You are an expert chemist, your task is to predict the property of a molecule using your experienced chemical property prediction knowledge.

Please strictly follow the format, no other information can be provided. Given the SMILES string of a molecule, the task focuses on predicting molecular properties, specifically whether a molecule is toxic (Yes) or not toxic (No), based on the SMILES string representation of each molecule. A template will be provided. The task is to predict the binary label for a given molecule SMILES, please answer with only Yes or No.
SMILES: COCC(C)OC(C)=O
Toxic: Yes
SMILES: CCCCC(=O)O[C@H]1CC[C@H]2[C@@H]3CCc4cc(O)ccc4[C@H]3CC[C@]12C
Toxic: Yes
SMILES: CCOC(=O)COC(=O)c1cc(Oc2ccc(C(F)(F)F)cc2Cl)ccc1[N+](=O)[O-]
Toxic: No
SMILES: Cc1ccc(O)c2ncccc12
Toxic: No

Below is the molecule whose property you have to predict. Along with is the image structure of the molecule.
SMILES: CC1=C(C(=O)O)N2C(=O)[C@@H](NC(=O)[C@H](N)c3ccc(O)cc3)[C@H]2SC1
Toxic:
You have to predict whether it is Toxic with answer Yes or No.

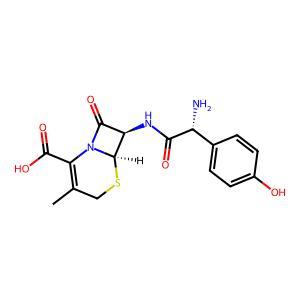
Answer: No